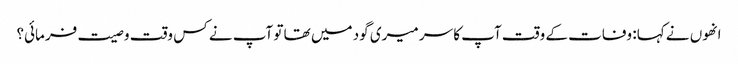
انھوں نے کہا: وفات کے وقت آپ کا سر میری گود میں تھا تو آپ نے کس وقت وصیت فرمائی؟